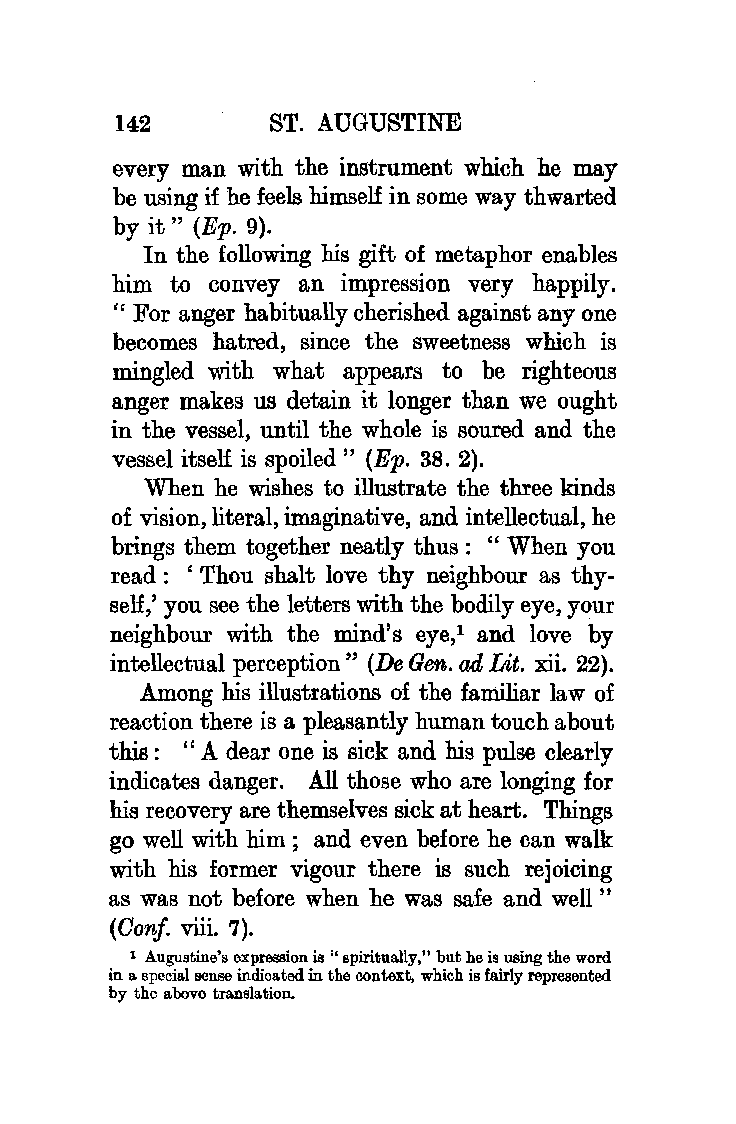
142       ST. AUGUSTINE
 every man with the instrument which he may
 be using if he feels himself in some way thwarted
 by it" (Ep. 9).
 In the following his gift of metaphor enables
 him to convey an impression very happily.
 " For anger habitually cherished against any one
 becomes hatred, since the sweetness which is
 mingled with what appears to be righteous
 anger makes us detain it longer than we ought
 in the vessel, until the whole is soured and the
 vessel itself is spoiled " (Ep. 38. 2).
 When he wishes to illustrate the three kinds
 of vision, literal, imaginative, and intellectual, he
 brings them together neatly thus : " When you
 read : ' Thou shalt love thy neighbour as thy
 self,' you see the letters with the bodily eye, your
 neighbour with the mind's eye,1 and love by
 intellectual perception " (De Gen. ad Lit. xii. 22).
 Among his illustrations of the familiar law of
 reaction there is a pleasantly human touch about
 this : " A dear one is sick and his pulse clearly
 indicates danger. All those who are longing for
 his recovery are themselves sick at heart. Things
 go well with him ; and even before he can walk
 with his former vigour there is such rejoicing
 as was not before when he was safe and well "
 (Oonf. viii. 7).
 1 Augustine's exprel!Sion is " spiritually," but he is using the word
 in a special sense indicated in the context, which is fairly represented
 by the above translation.